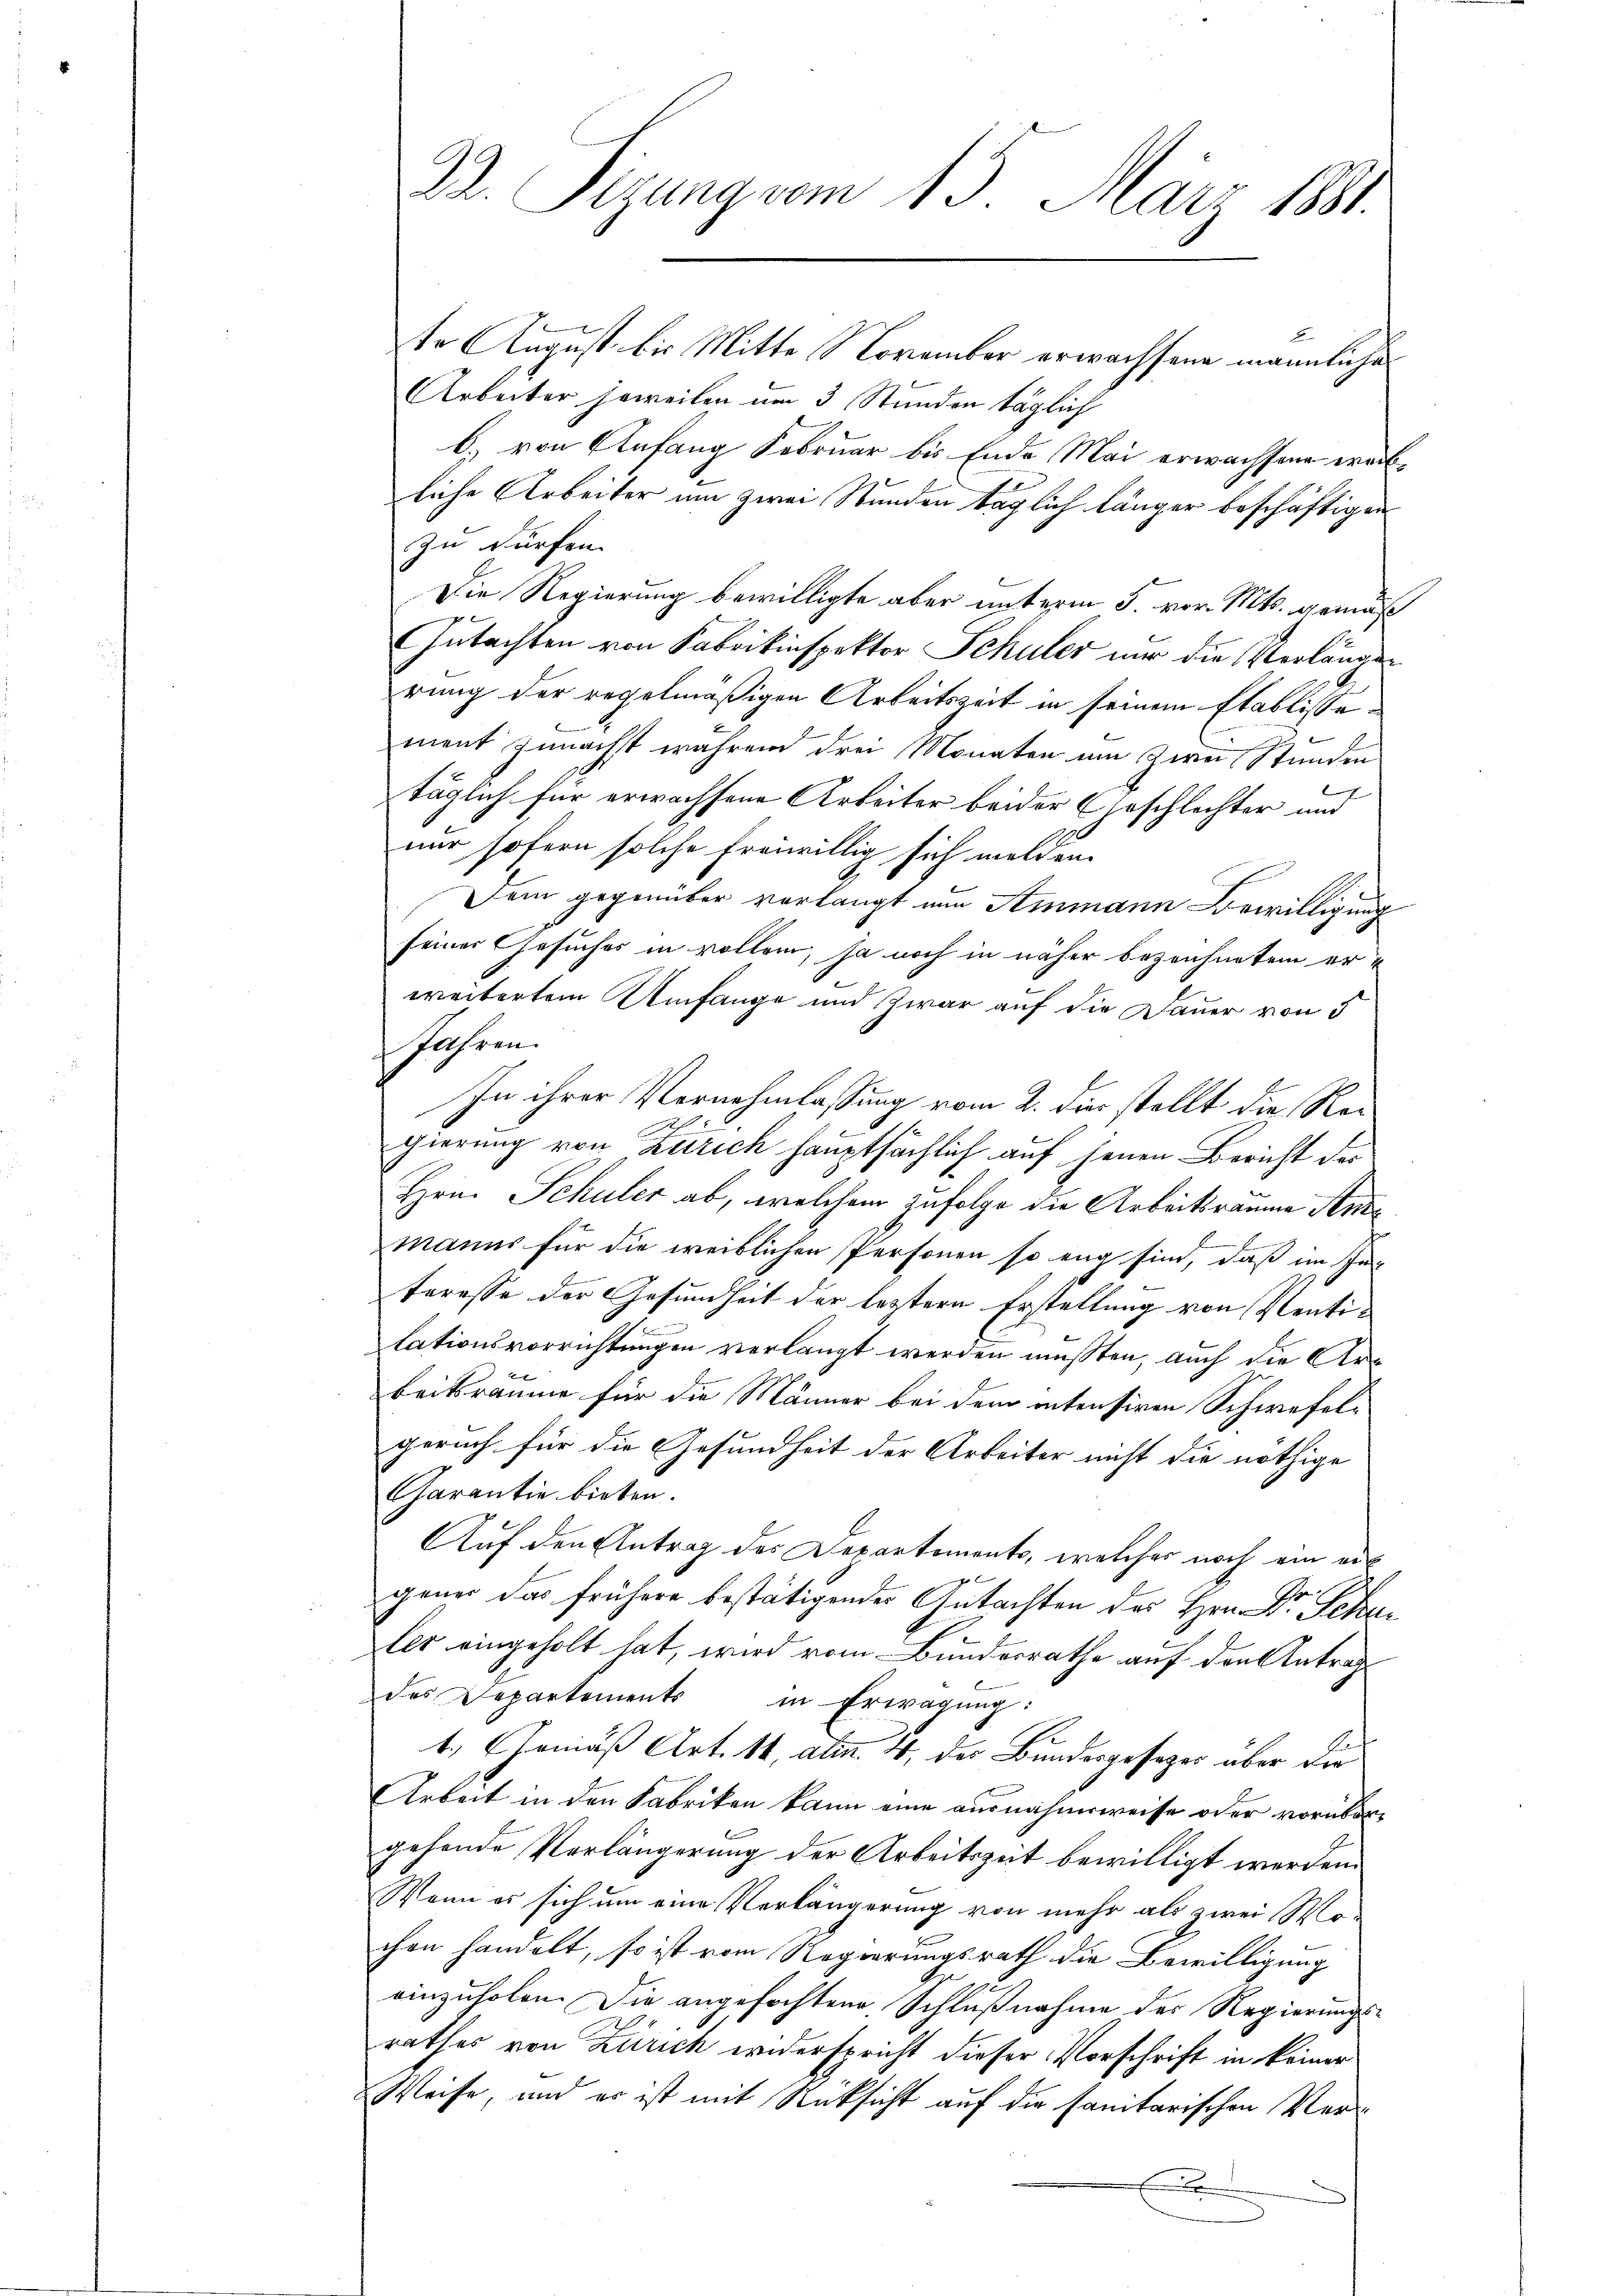
te August bis Mitte November erwachsene männliche
Arbeiter jeweilen um 3 Stunden täglich
b) von Anfang Februar bis Ende Mai erwachsene erachliche Arbeiter um zwei Stunden täglich länger beschäftigen
zu dürfen.
Die Regierung bewilligte aber unterm 5. vor. Mts. gemäß
pe
Gutachten von Fabrikinspektor Schuler nur die Verlängen
rung der regelmäßigen Arbeitszeit in seinem Etablissement zunächst während drei Monaten um Zwei Stunden
täglich für erwachsene Arbeiter beider Eheschlechter und
nur sofern solche freiwillig sich melden.
Dem gegenüber vorlangt nun Ammann Bewilligung
seiner Gesuches in vollem, ja noch in näher bezeichnetem erweitertem Umfange und zwar auf die Dauer von 5
Jahren.
In ihrer Vernehmlassung vom 2. die stellt die Regierung von Zürich hauptsächlich auf jenen Bericht der
Hrn. Schuler ab, welchem zufolge die Arbeitsräume Anmanns für die weiblichen Personen so eng sind, daß im Interesse der Gesundheit der letztern Erstellung von Sentilationsvorrichtungen verlangt werden müßten, auch die Arb
beitsräume für die Männer bei dem intensiven Schwefelgeruch für die Gesundheit der Arbeiter nicht die nöthige
Carantie bieten.
Auf den Eintrag des Departements, welches noch ein auf
gener das frühere bestätigender Gutachten des Hrn. Dr. Schu
ler eingeholt hat, wird vom Bundesrathe auf den Antrag
des Departements in Erwägŭng:
E
t. Gemäß Art. 11, Al. 4, der Bundesgesezes aber der
Arbeit in den Fabriken kann eine ausnahmsweise oder vorübergehende Verlängerung der Arbeitszeit bewilligt werden
Wenn es sich um eine Verlängerung von mehr als zwei Mo
chen handelt, so ist vom Regierungsrath die Bewilligung
einzuholen. Die angefochtene Schlußnahme der Regierungsrathes von Zürich widerspricht dieser Vorschrift in keiner
Weise, und er ist mit Rücksicht auf die sanitarischen Ver¬
E

22. Ferung vom 15. März 1881.